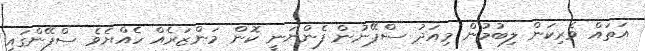
އަތައް ވެރިކަން ލިބުމުން މިއަދު ސްޕޭނުން ފެންނަނީ ކޮން މަންޒަރެއް ހެއްޔެވެ ސްޕޭންގައި